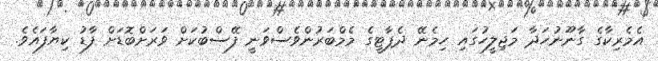
އެމެރިކާގެ ގާނޫނުހަދާ މަޖިލީހުގައި ހިމެނޭ ދެޕާޓީގެ މެމްބަރުންވެސްވަނީ ފޭސްބުކަށް ވަރަށްބޮޑަށް ފާޑު ކިޔާފައެވެ.